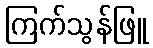
ကြက်သွန်ဖြူ